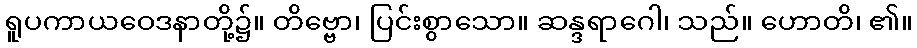
ရူပကာယဝေဒနာတို့၌။ တိဗ္ဗော၊ ပြင်းစွာသော။ ဆန္ဒရာဂေါ၊ သည်။ ဟောတိ၊ ၏။